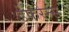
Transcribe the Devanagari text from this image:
डेफरेन्स